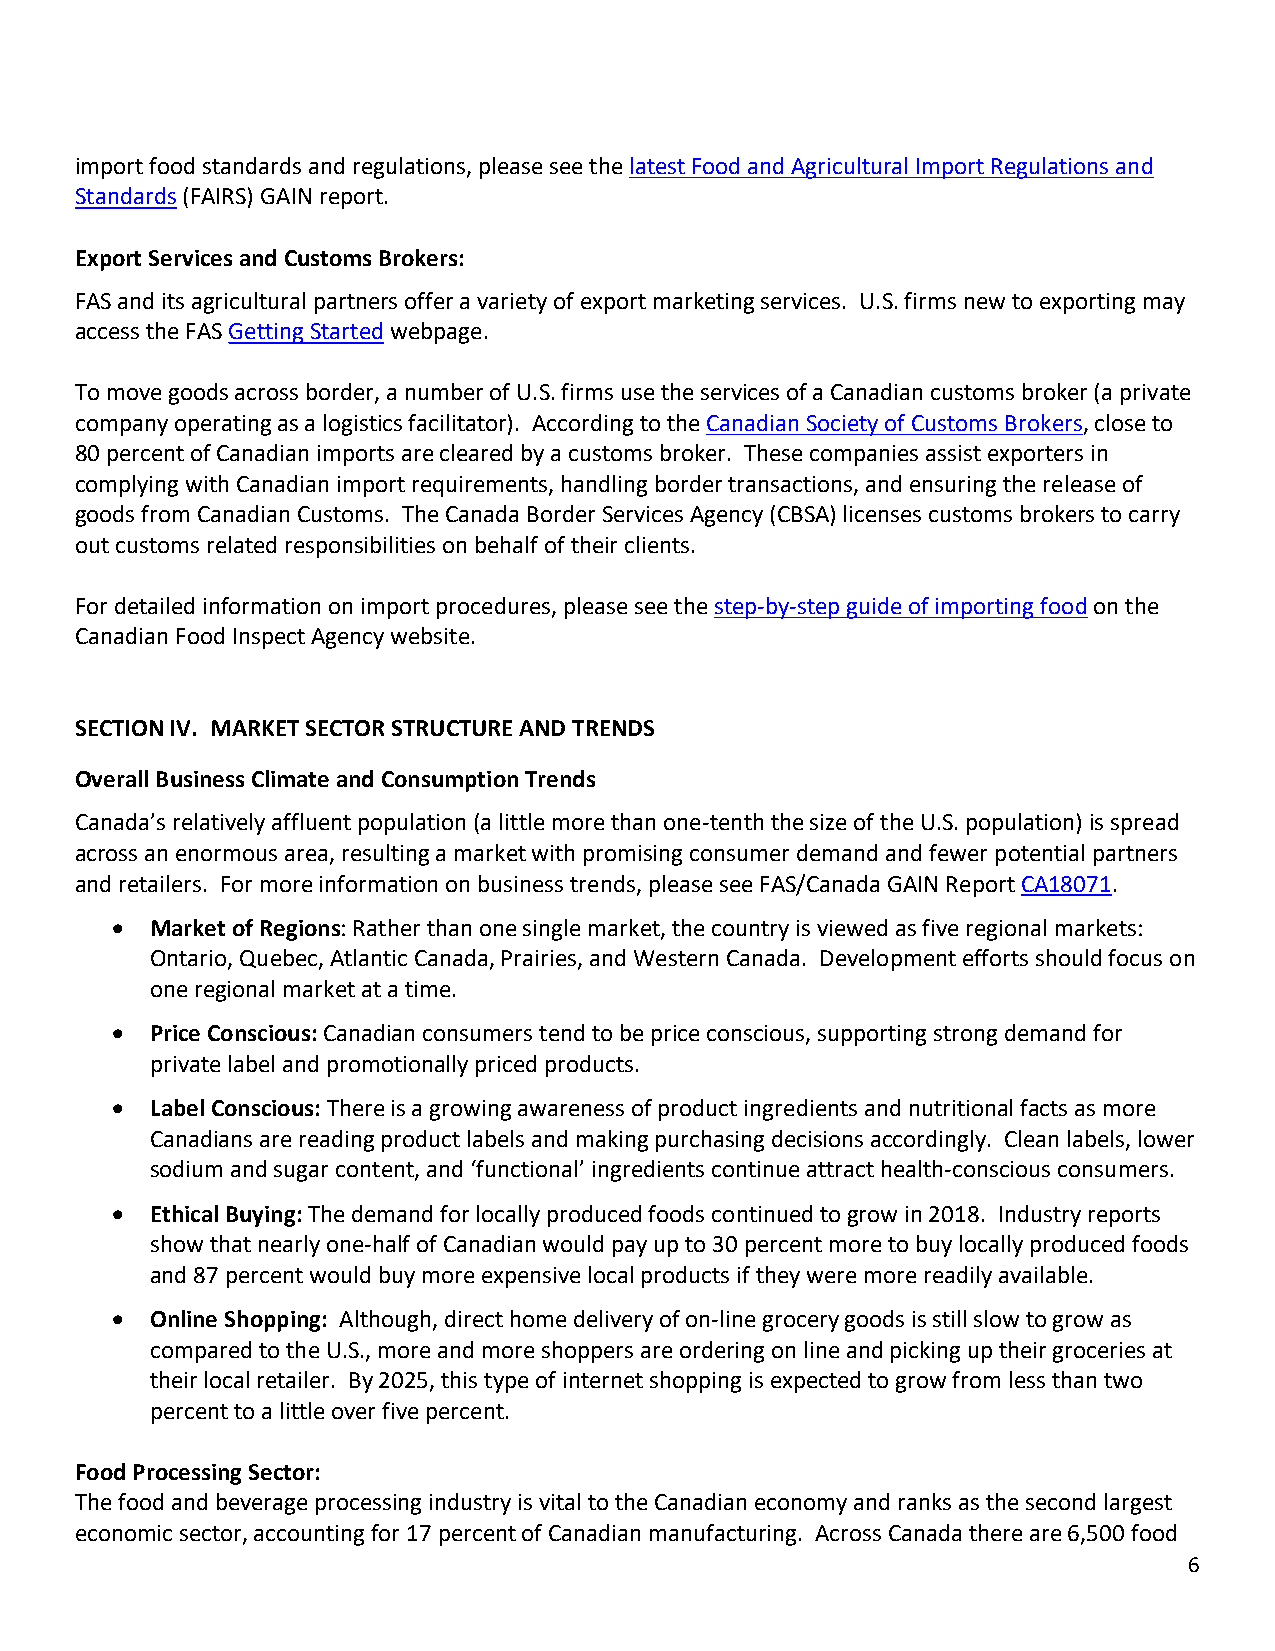
import food standards and regulations, please see the latest Food and Agricultural Import Regulations and
 Standards (FAIRS) GAIN report.
 Export Services and Customs Brokers:
 FAS and its agricultural partners offer a variety of export marketing services. U.S. firms new to exporting may
 access the FAS Getting Started webpage.
 To move goods across border, a number of U.S. firms use the services of a Canadian customs broker (a private
 company operating as a logistics facilitator). According to the Canadian Society of Customs Brokers, close to
 80 percent of Canadian imports are cleared by a customs broker. These companies assist exporters in
 complying with Canadian import requirements, handling border transactions, and ensuring the release of
 goods from Canadian Customs. The Canada Border Services Agency (CBSA) licenses customs brokers to carry
 out customs related responsibilities on behalf of their clients.
 For detailed information on import procedures, please see the step-by-step guide of importing food on the
 Canadian Food Inspect Agency website.
 SECTION IV. MARKET SECTOR STRUCTURE AND TRENDS
 Overall Business Climate and Consumption Trends
 Canada’s relatively affluent population (a little more than one-tenth the size of the U.S. population) is spread
 across an enormous area, resulting a market with promising consumer demand and fewer potential partners
 and retailers. For more information on business trends, please see FAS/Canada GAIN Report CA18071.
   Market of Regions: Rather than one single market, the country is viewed as five regional markets:
 Ontario, Quebec, Atlantic Canada, Prairies, and Western Canada. Development efforts should focus on
 one regional market at a time.
   Price Conscious: Canadian consumers tend to be price conscious, supporting strong demand for
 private label and promotionally priced products.
   Label Conscious: There is a growing awareness of product ingredients and nutritional facts as more
 Canadians are reading product labels and making purchasing decisions accordingly. Clean labels, lower
 sodium and sugar content, and ‘functional’ ingredients continue attract health-conscious consumers.
   Ethical Buying: The demand for locally produced foods continued to grow in 2018. Industry reports
 show that nearly one-half of Canadian would pay up to 30 percent more to buy locally produced foods
 and 87 percent would buy more expensive local products if they were more readily available.
   Online Shopping: Although, direct home delivery of on-line grocery goods is still slow to grow as
 compared to the U.S., more and more shoppers are ordering on line and picking up their groceries at
 their local retailer. By 2025, this type of internet shopping is expected to grow from less than two
 percent to a little over five percent.
 Food Processing Sector:
 The food and beverage processing industry is vital to the Canadian economy and ranks as the second largest
 economic sector, accounting for 17 percent of Canadian manufacturing. Across Canada there are 6,500 food
 6